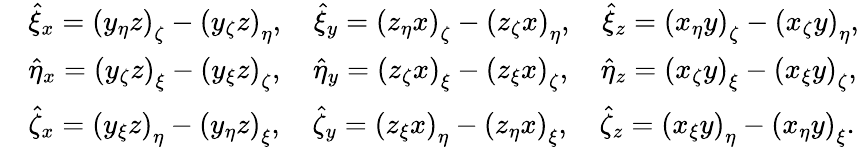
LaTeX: \begin{array}{rl}&{\hat{\xi}_{x}=\left(y_{\eta}z\right)_{\zeta}-\left(y_{\zeta}z\right)_{\eta},\quad\hat{\xi}_{y}=\left(z_{\eta}x\right)_{\zeta}-\left(z_{\zeta}x\right)_{\eta},\quad\hat{\xi}_{z}=\left(x_{\eta}y\right)_{\zeta}-\left(x_{\zeta}y\right)_{\eta},}\\ &{\hat{\eta}_{x}=\left(y_{\zeta}z\right)_{\xi}-\left(y_{\xi}z\right)_{\zeta},\quad\hat{\eta}_{y}=\left(z_{\zeta}x\right)_{\xi}-\left(z_{\xi}x\right)_{\zeta},\quad\hat{\eta}_{z}=\left(x_{\zeta}y\right)_{\xi}-\left(x_{\xi}y\right)_{\zeta},}\\ &{\hat{\zeta}_{x}=\left(y_{\xi}z\right)_{\eta}-\left(y_{\eta}z\right)_{\xi},\quad\hat{\zeta}_{y}=\left(z_{\xi}x\right)_{\eta}-\left(z_{\eta}x\right)_{\xi},\quad\hat{\zeta}_{z}=\left(x_{\xi}y\right)_{\eta}-\left(x_{\eta}y\right)_{\xi}.}\end{array}